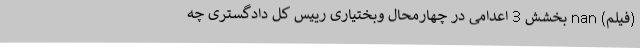
(فیلم) nan بخشش 3 اعدامی در چهارمحال وبختیاری رییس کل دادگستری چه